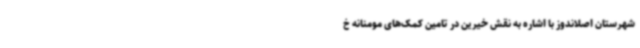
شهرستان اصلاندوز با اشاره به نقش خیرین در تامین کمک‌های مومنانه خ